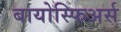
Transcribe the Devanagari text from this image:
बायोस्फिअर्स